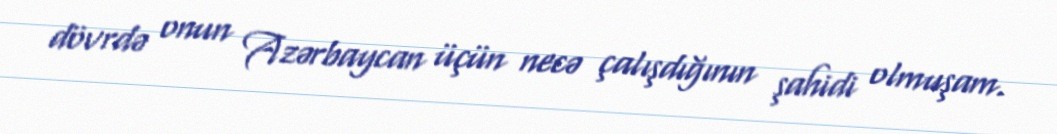
dövrdə onun Azərbaycan üçün necə çalışdığının şahidi olmuşam.